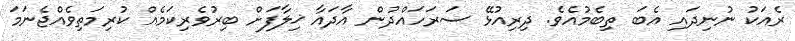
ރެއަކު ނުނިދައި އެބަ ތިބެމުއެވެ. ދިރިއުޅޭ ސަރަހައްދުން އާދައާ ޚިލާފަށް ބިރުވެރިކަމެއް ކުރިމަތިވެއްޖެނަމަ